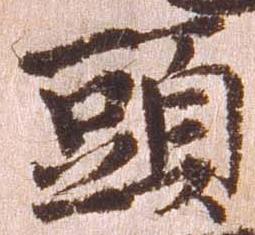
頭